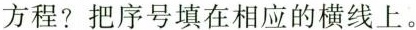
方程?把序号填在相应的横线上。